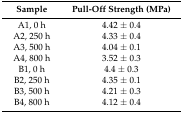
<table><thead><tr><td><b>Sample</b></td><td><b>Pull-Off Strength (MPa)</b></td></tr></thead><tbody><tr><td>A1, 0 h</td><td>4.42 ± 0.4</td></tr><tr><td>A2, 250 h</td><td>4.33 ± 0.4</td></tr><tr><td>A3, 500 h</td><td>4.04 ± 0.1</td></tr><tr><td>A4, 800 h</td><td>3.52 ± 0.3</td></tr><tr><td>B1, 0 h</td><td>4.4 ± 0.3</td></tr><tr><td>B2, 250 h</td><td>4.35 ± 0.1</td></tr><tr><td>B3, 500 h</td><td>4.21 ± 0.3</td></tr><tr><td>B4, 800 h</td><td>4.12 ± 0.4</td></tr></tbody></table>